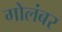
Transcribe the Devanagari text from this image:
गोलंबर